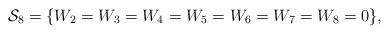
LaTeX: \begin{align*}\mathcal{S}_8=\{W_2=W_3=W_4=W_5=W_6=W_7=W_8=0\},\end{align*}